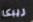
ريبكا